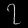
Digit: ၇